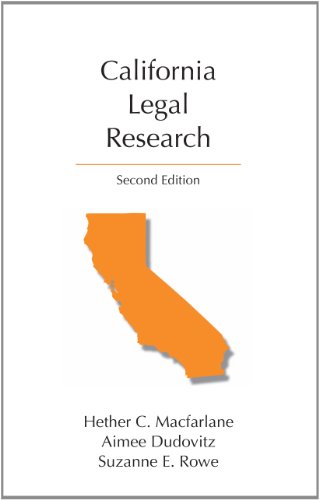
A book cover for California Legal Research, Second Edition (Carolina Academic Press: Legal Research); Hether C. Macfarlane; Law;